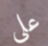
على